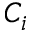
C _ { i }